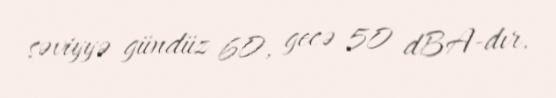
səviyyə gündüz 60, gecə 50 dBA-dır.